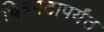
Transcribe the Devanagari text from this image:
चित्रपटापर्यंत